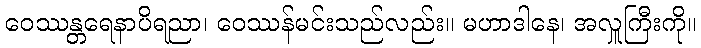
ဝေဿန္တရေနာပိရညာ၊ ဝေဿန်မင်းသည်လည်း။ မဟာဒါနေ၊ အလှူကြီးကို။